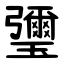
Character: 瓕